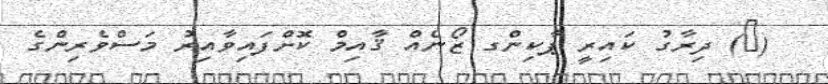
(@) ދިރާގު ކައިރީ ޕާކިންގ ޒޯނެއް ޤާއިމް ކޮށްފައިވާއިރު މަސްވެރިންގެ